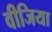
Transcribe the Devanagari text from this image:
वीजिया